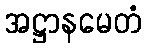
အဋ္ဌာနမေတံ